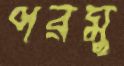
পরমু